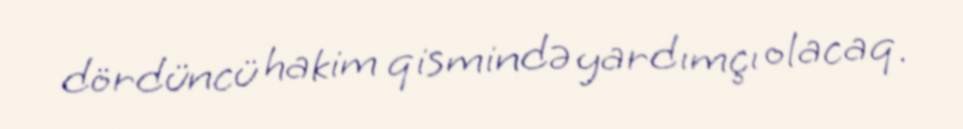
dördüncü hakim qismində yardımçı olacaq.